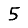
Digit: 5